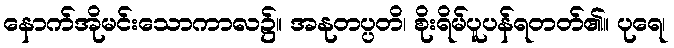
နောက်အိုမင်းသောကာလ၌။ အနုတပ္ပတိ၊ စိုးရိမ်ပူပန်ရတတ်၏။ ပုရေ၊